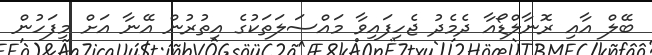
ބޭލް އާއި ރޮނާލްޑޯއާ ދެމެދު ޖެހިފައިވާ މައްސަލަތަކުގެ އިތުރުން އޭނާ އަށް މިފަހުން